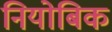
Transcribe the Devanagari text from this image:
नियोबिक